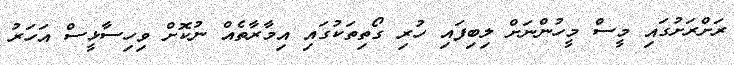
ރަށްރަށުގައި މީސް މީހުންނަށް ލިބިފައި ހުރި ގޯތިތަކުގައި އިމާރާތެއް ނުކޮށް ވިހިސާޅީސް އަހަރު